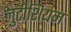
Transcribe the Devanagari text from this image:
लुटीशियम